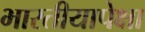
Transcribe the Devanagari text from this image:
भारतीयापेक्षा